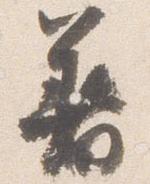
着